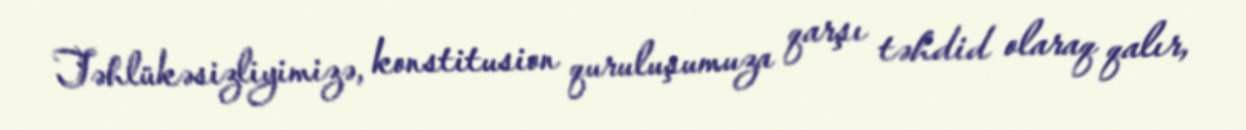
Təhlükəsizliyimizə, konstitusion quruluşumuza qarşı təhdid olaraq qalır,